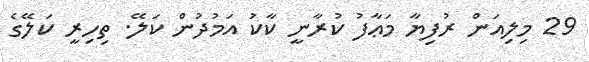
29 މިލިއަން ރުފިޔާ މަޢާފު ކުރާނީ ކާކު އަމުދުން ކަލޭ. ތިހިރީ ކަލޭގެ